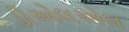
ડીએલએલ